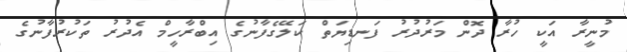
މުނީރާ އަކީ ހުރާ ދޮން މަރުދުރު ފަނޑިޔަތް ކަލޭގެފާނުގެ އިބްރާހީމް އެދުރު ތަކުރުފާނުގެ